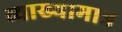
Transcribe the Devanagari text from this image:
व्याख्यामात्र